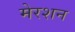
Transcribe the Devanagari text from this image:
मेरशन